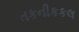
તકનીકકલ